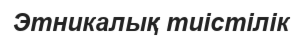
Этникалық тиістілік